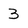
Character: 3